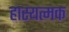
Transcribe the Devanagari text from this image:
हास्यत्मक